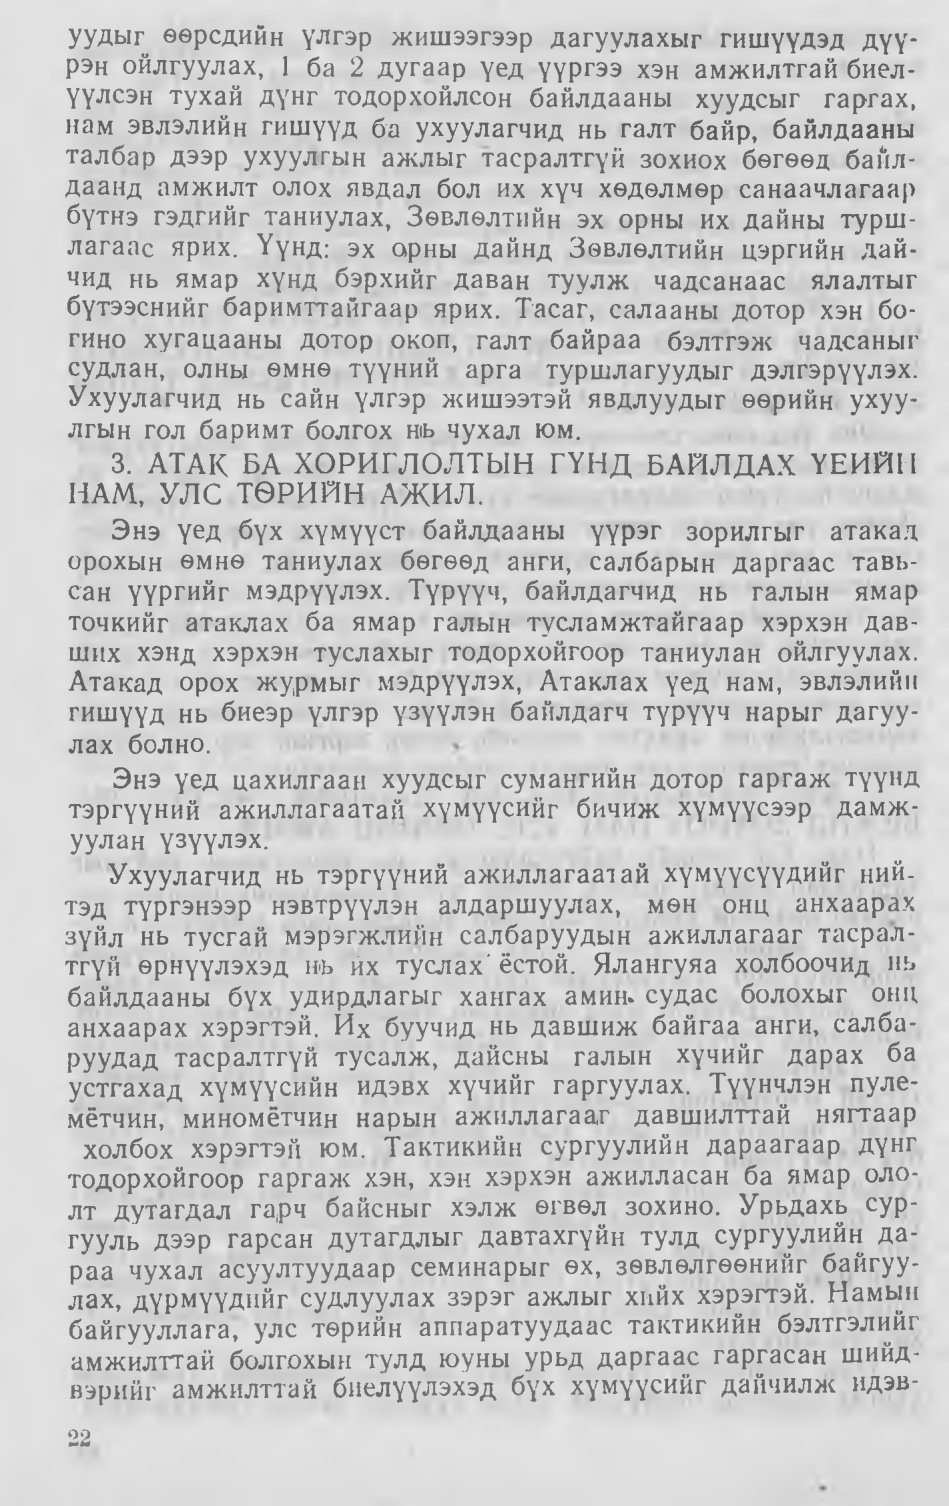
Language: mn